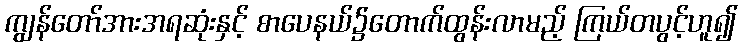
ကျွန်တော်အားအရဆုံးနှင့် စာပေနယ်၌တောက်ထွန်းလာမည့် ကြယ်တပွင့်ဟူ၍